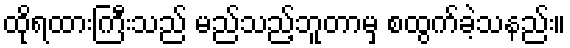
ထိုရထားကြီးသည် မည်သည့်ဘူတာမှ စထွက်ခဲ့သနည်း။